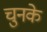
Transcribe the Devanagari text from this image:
चुनके